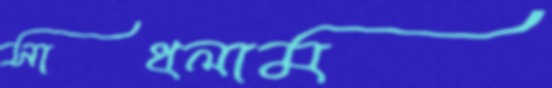
সাধলাম